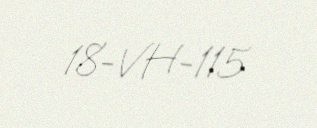
18-VH-115